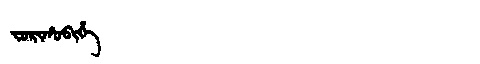
Manchu: ᠵᠣᡵᡳᡥᠣᠪᡳᡥᡝ
Romanization: JORIHOBIHE